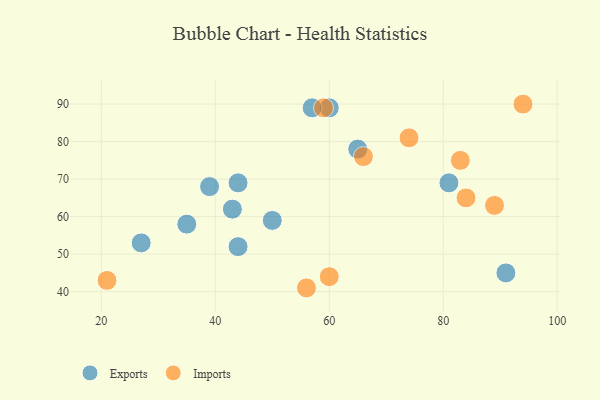
{"axis": {"x": "GDP", "y": "Life Expectancy"}, "legend": ["Exports", "Imports"], "data": [{"x": "81", "y": 69, "type": "Exports"}, {"x": "44", "y": 69, "type": "Exports"}, {"x": "91", "y": 45, "type": "Exports"}, {"x": "60", "y": 89, "type": "Exports"}, {"x": "27", "y": 53, "type": "Exports"}, {"x": "57", "y": 89, "type": "Exports"}, {"x": "35", "y": 58, "type": "Exports"}, {"x": "44", "y": 52, "type": "Exports"}, {"x": "43", "y": 62, "type": "Exports"}, {"x": "65", "y": 78, "type": "Exports"}, {"x": "39", "y": 68, "type": "Exports"}, {"x": "50", "y": 59, "type": "Exports"}, {"x": "59", "y": 89, "type": "Imports"}, {"x": "74", "y": 81, "type": "Imports"}, {"x": "21", "y": 43, "type": "Imports"}, {"x": "60", "y": 44, "type": "Imports"}, {"x": "89", "y": 63, "type": "Imports"}, {"x": "66", "y": 76, "type": "Imports"}, {"x": "84", "y": 65, "type": "Imports"}, {"x": "56", "y": 41, "type": "Imports"}, {"x": "94", "y": 90, "type": "Imports"}, {"x": "83", "y": 75, "type": "Imports"}]}